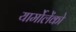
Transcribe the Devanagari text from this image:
यार्मोलेंको